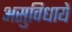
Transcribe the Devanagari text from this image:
असुविधायें